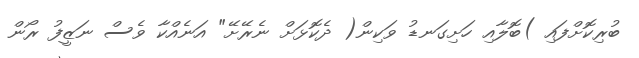
ބުރިކޮށްފައި )ބޮލާއި ހަށިގަނޑު ވަކިން( ދެކޮޅަށް ނެރޭށޭ" އަނެއްކާ ވެސް ނަޒީފު ރޯން